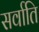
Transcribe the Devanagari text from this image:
सर्वाति